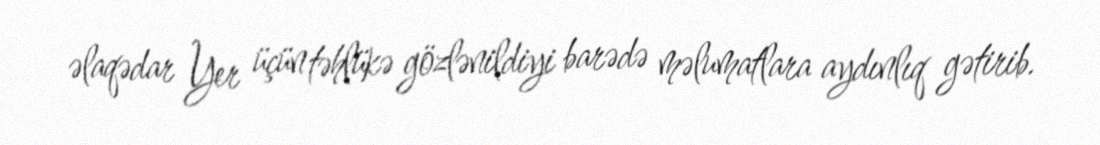
əlaqədar Yer üçün təhlükə gözlənildiyi barədə məlumatlara aydınlıq gətirib.